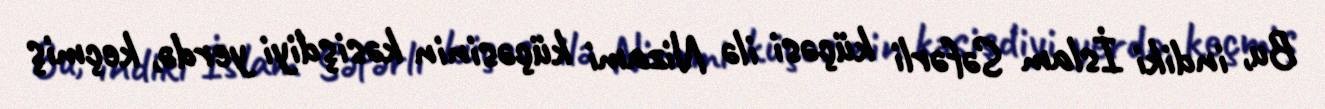
Bu, indiki İslam Səfərli küçəsi ilə Nizami küçəsinin kəsişdiyi yerdə, keçmiş